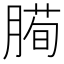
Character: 𰯅